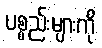
ပစ္စည်းများကို